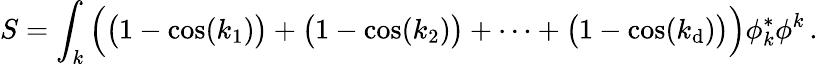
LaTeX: S=\int_{k}{\Big(}{\big(}1-\cos(k_{1}){\big)}+{\big(}1-\cos(k_{2}){\big)}+\cdots+{\big(}1-\cos(k_{\mathrm{d}}){\big)}{\Big)}\phi_{k}^{*}\phi^{k}\, .